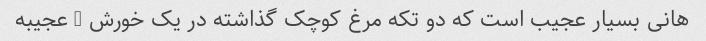
هانی بسیار عجیب است که دو تکه مرغ کوچک گذاشته در یک خورش … عجیبه